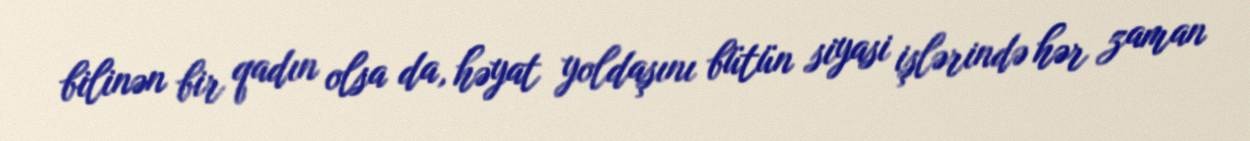
bilinən bir qadın olsa da, həyat yoldaşını bütün siyasi işlərində hər zaman